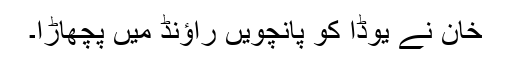
خان نے یوڈا کو پانچویں راؤنڈ میں پچھاڑا۔